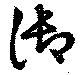
御